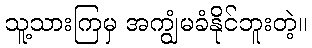
သူ့သားကြမှ အကျွံမခံနိုင်ဘူးတဲ့။